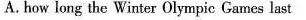
A.how long the Winter Olympic Games last